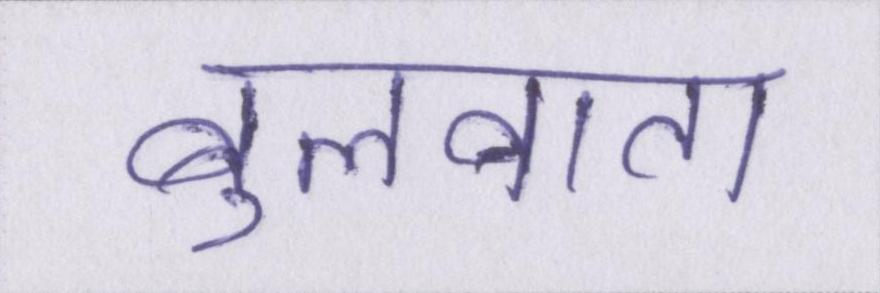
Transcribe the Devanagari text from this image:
बुलवाता